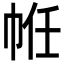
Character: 𢂧